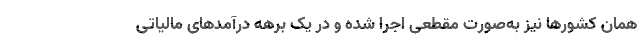
همان کشورها نیز به‌صورت مقطعی اجرا شده و در یک برهه درآمدهای مالیاتی